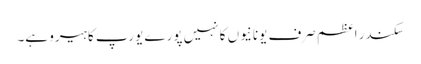
سکندر اعظم صرف یونانیوں کا نہیں پورے یورپ کا ہیرو ہے۔